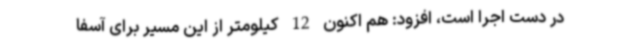
در دست اجرا است، افزود: هم اکنون 12 کیلومتر از این مسیر برای آسفا